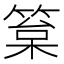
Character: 䈢